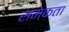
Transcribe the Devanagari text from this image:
समकता